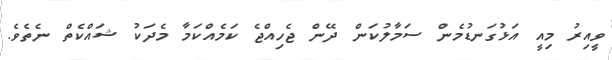
ވީއިރު މިއީ އަޅުގަނޑުމެން ސަމާލުކަން ދޭން ޖެހިއްޖެ ކަމެއްކަމާ މެދަކު ޝައްކެތް ނެތެވެ.